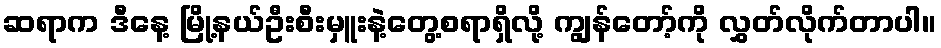
ဆရာက ဒီနေ့ မြို့နယ်ဦးစီးမှူးနဲ့တွေ့စရာရှိလို့ ကျွန်တော့်ကို လွှတ်လိုက်တာပါ။